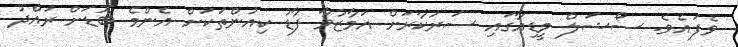
ވެފައެވެ. ސޯޝަލް މީޑިއާގައި ސަރުކާރަށް އަމާޒުވާ ފާޑު ކިއުންތަކަށް އެންމެ ބޮޑަށް ރައްދު